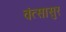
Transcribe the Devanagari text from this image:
वंत्सासुर